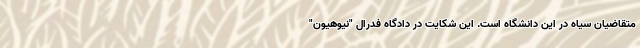
متقاضیان سیاه در این دانشگاه است. این شکایت در دادگاه فدرال "نیوهیون"